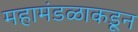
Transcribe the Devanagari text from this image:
महामंडळाकडून